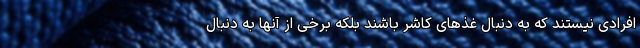
افرادی نیستند که به دنبال غذهای کاشر باشند بلکه برخی از آنها به دنبال